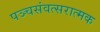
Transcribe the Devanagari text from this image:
पञ्चसंवत्सरात्मक